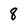
Character: 8